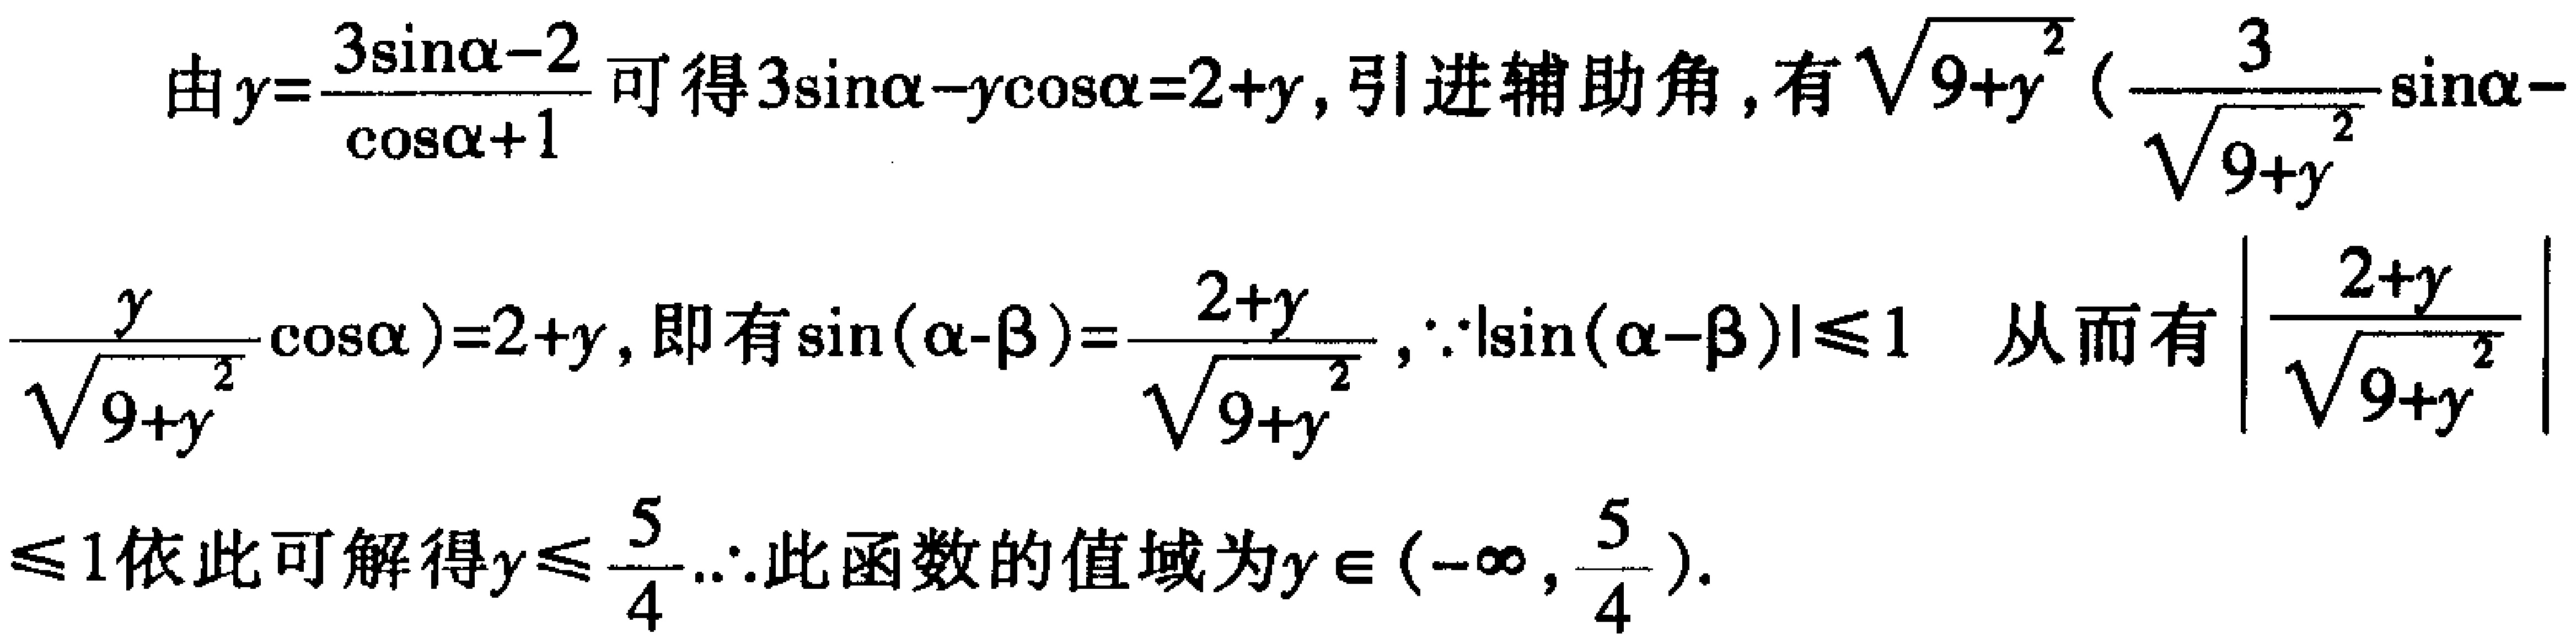
由\(y = \frac{3\sin\alpha - 2}{\cos\alpha + 1}\)可得\(3\sin\alpha - y\cos\alpha = 2 + y\)，引进辅助角，有\(\sqrt{9 + y^{2}}(\frac{3}{\sqrt{9 + y^{2}}}\sin\alpha - \frac{y}{\sqrt{9 + y^{2}}}\cos\alpha)=2 + y\)，即有\(\sin(\alpha - \beta)=\frac{2 + y}{\sqrt{9 + y^{2}}}\)，\(\because|\sin(\alpha - \beta)|\leq1\) 从而有\(\left|\frac{2 + y}{\sqrt{9 + y^{2}}}\right|\leq1\)依此可解得\(y\leq\frac{5}{4}\).\(\therefore\)此函数的值域为\(y\in(-\infty,\frac{5}{4})\).